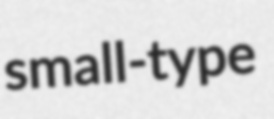
small-type